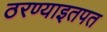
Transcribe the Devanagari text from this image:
ठरण्याइतपत